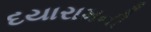
દયારામની